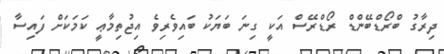
ދިރާގު ބްރޯޑްބޭންޑް ރޯޑްރޭސް އަކީ ގިނަ ބަޔަކު ބައިވެރިވެ އިޖުތިމާޢީ ކަމަކަށް ފައިސާ